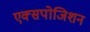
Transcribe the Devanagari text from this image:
एक्सपोजिशन